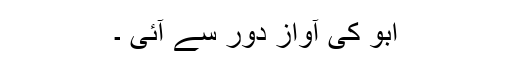
ابو کی آواز دور سے آئی ۔